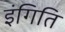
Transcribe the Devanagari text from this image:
इंगिति